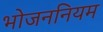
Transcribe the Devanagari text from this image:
भोजननियम